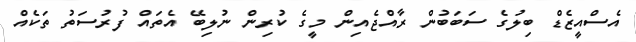
އެސްއީޒެޑް ބިލުގެ ސަބަބުން ރާއްޖެއިން މީގެ ކުރިން ނުލިބޭ އެތައް ފުރުސަތު ތަކެއް